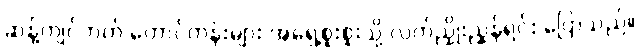
ဆန့်ကျင်ဘက် တောင်တန်းများ အရှေ့စူးစူးသို့ လက်ညှိုးညွန်ရင်း ပြောသည်။